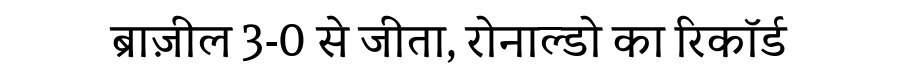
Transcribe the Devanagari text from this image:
ब्राज़ील 3-0 से जीता, रोनाल्डो का रिकॉर्ड